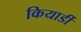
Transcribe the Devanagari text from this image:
कियार्डी